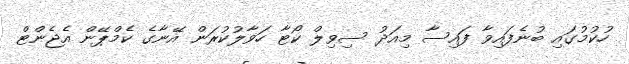
ހުކުމުގައި ބުނެފައިވާ ފައިސާ މިއަދު ސިވިލް ކޯޓާ ހަވާލުކުރަން އޭނާގެ ކެމްޕޭން އެޖެންޓް